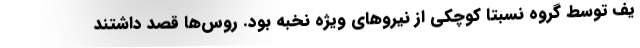
یف توسط گروه نسبتا کوچکی از نیرو‌های ویژه نخبه بود. روس‌ها قصد داشتند